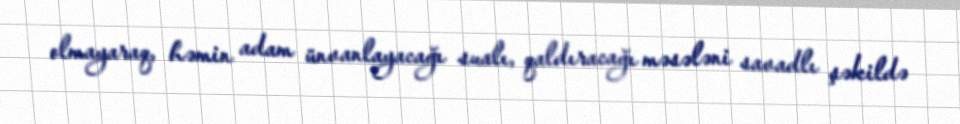
olmayaraq, həmin adam ünvanlayacağı sualı, qaldıracağı məsələni savadlı şəkildə